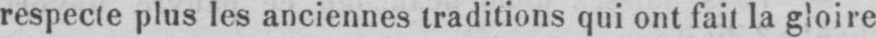
respecte plus les anciennes traditions qui ont fait la gloire